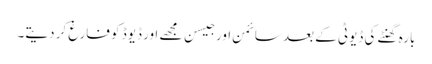
بارہ گھنٹے کی ڈیوٹی کے بعد سائمن اور جیسن مجھے اور ڈیوڈ کو فارغ کر دیتے۔